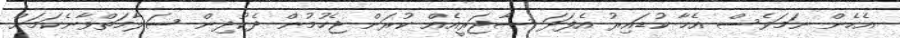
އެހެން ނަމަވެސް އެހާ ކުޑައިރު އެފަދަ ސާޖަރީއެއް ކުރަން ޖެހުމުން ދެކުދިން ސަލާމަތްވާނެކަމަށް